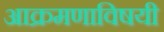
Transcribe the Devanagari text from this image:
आक्रमणाविषयी